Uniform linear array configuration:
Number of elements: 4
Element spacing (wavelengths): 1
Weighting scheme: uniform
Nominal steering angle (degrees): -15
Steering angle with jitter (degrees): -15.788
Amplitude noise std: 0.05
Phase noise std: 0.05

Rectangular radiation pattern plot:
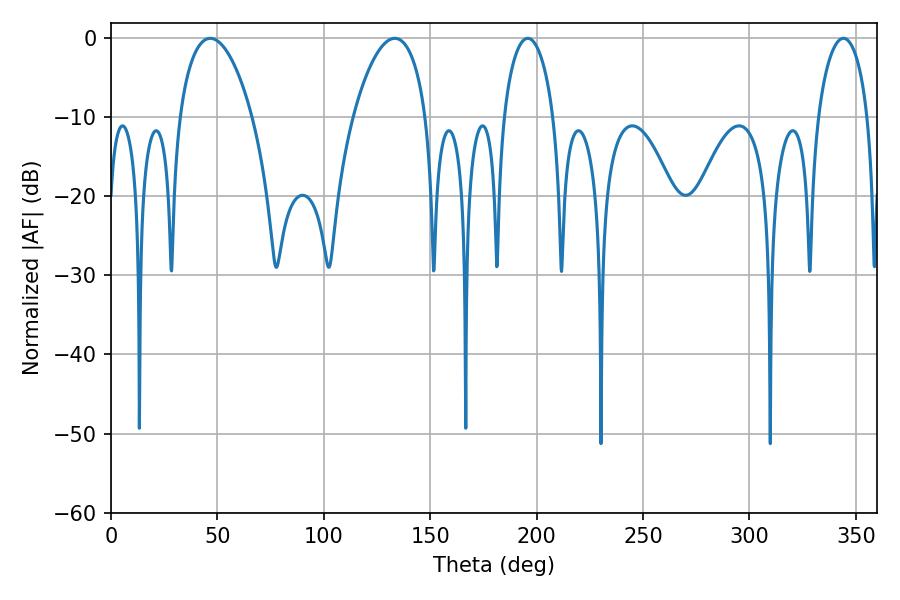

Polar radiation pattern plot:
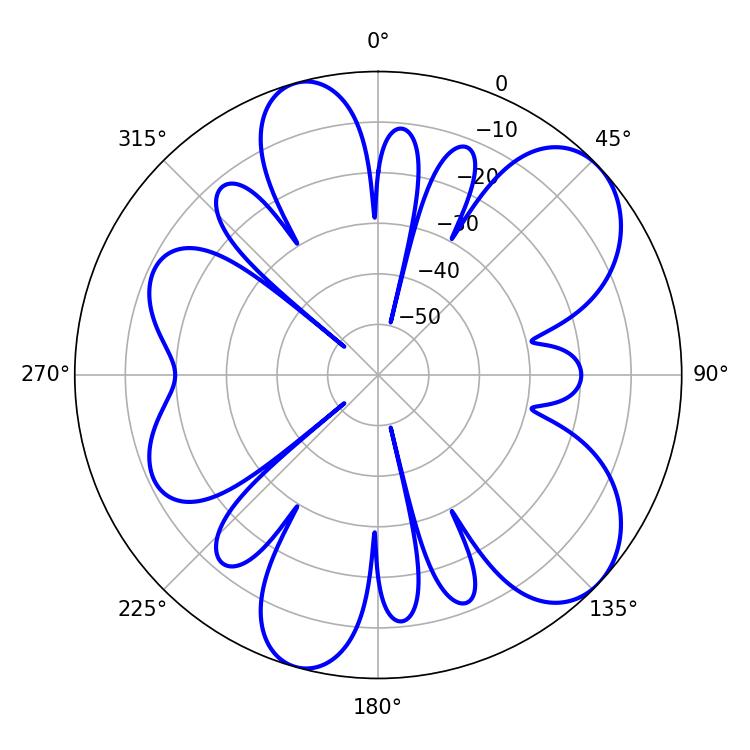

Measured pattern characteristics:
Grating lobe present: TRUE
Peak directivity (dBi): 7.758
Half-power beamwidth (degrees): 13.5
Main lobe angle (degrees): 195.84